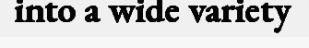
into a wide variety